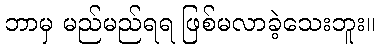
ဘာမှ မည်မည်ရရ ဖြစ်မလာခဲ့သေးဘူး။